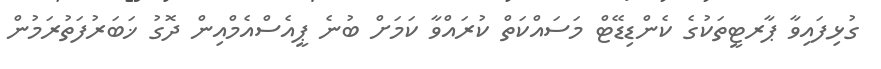
ގުޅިފައިވާ ޕާރޓީތަކުގެ ކެންޑިޑޭޓް މަސައްކަތް ކުރައްވާ ކަމަށް ބުނެ ޕީއެސްއެމްއިން ދޮގު ޚަބަރުފަތުރަމުން